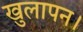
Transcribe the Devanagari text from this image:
खुलापन।